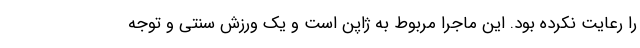
را رعایت نکرده بود. این ماجرا مربوط به ژاپن است و یک ورزش سنتی و توجه